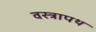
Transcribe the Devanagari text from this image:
वस्त्रापथ